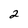
Character: 2